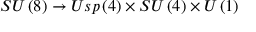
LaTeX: S U \left( 8 \right) \rightarrow U s p \left( 4 \right) \times S U \left( 4 \right) \times U \left( 1 \right)